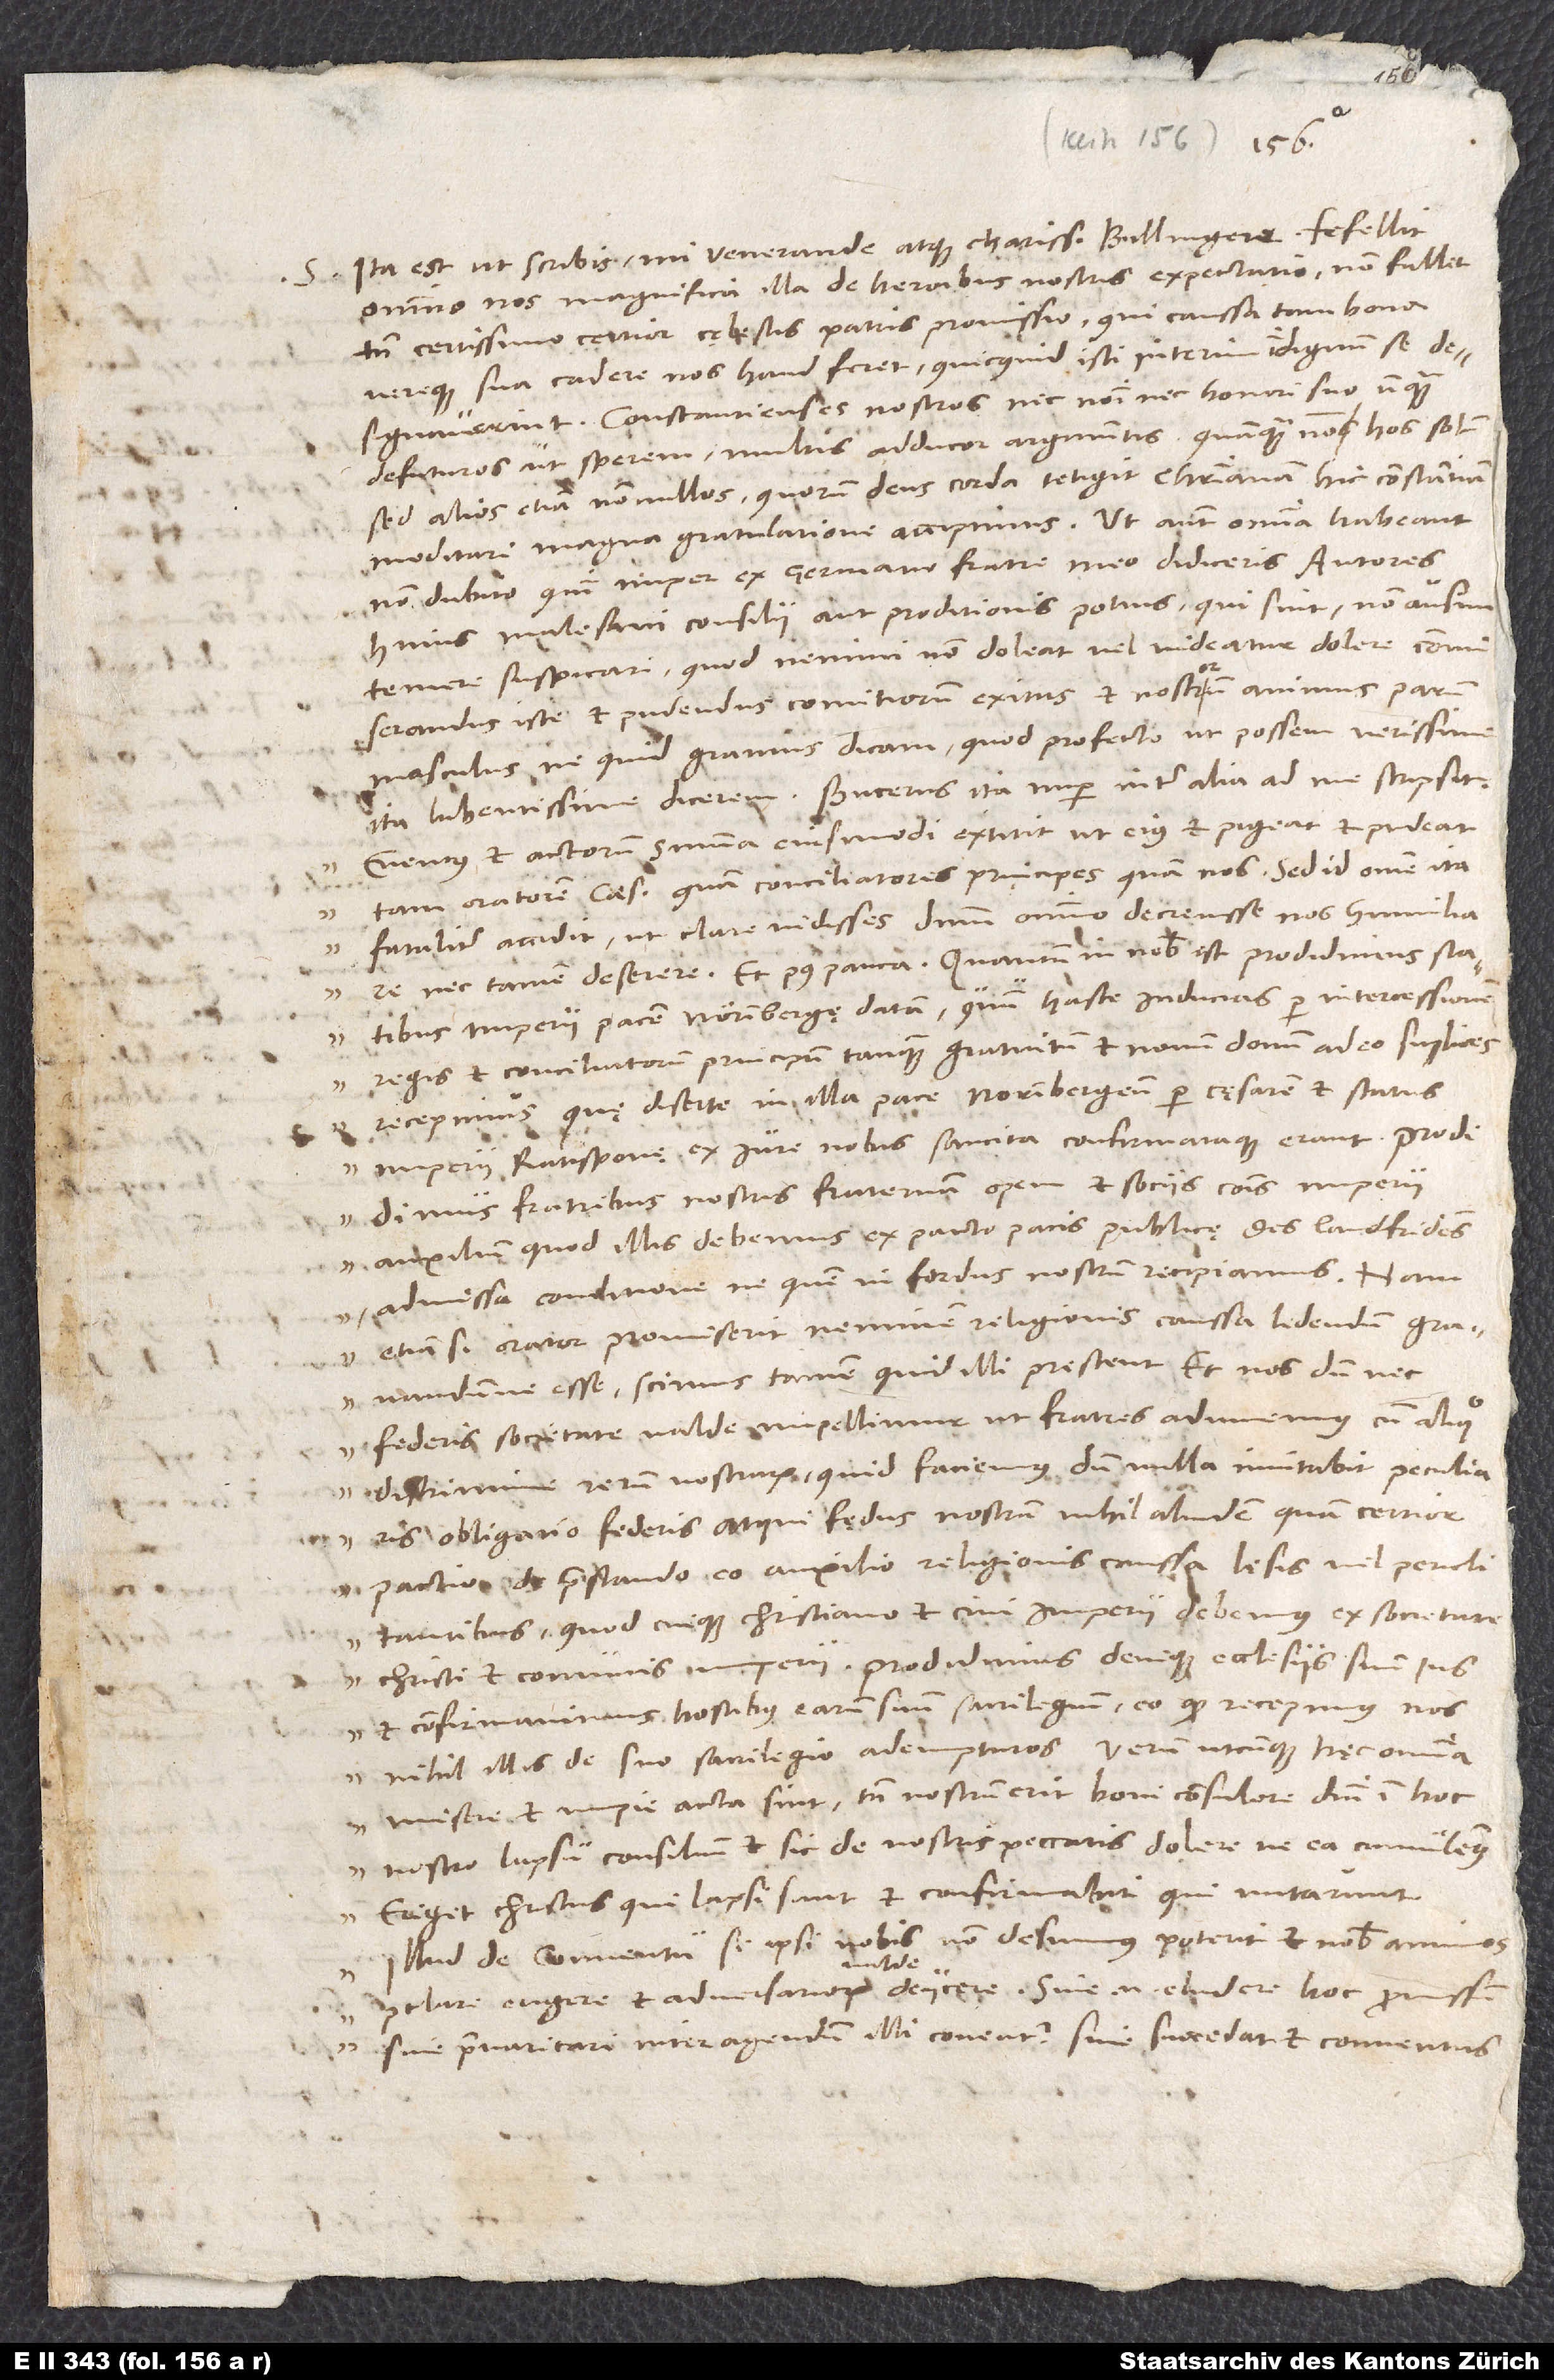
Ita est, ut scribis, mi venerande atque charissime Bullingere, fefellit
omnino nos magnifica illa de heroibus nostris expectatio; non fallit
tamen certissimo certior cęlestis patris promissio, qui caussa tam bona
vereque sua cadere nos haud feret, quicquid isti interim indignum se
designaverint. Constantienses nostros nec nomini nec honori suo unquam
defuturos ut sperem, multis adducor argumentis, quamquam non hos solum,
sed alios etiam nonnullos, quorum deus corda tetigit, christianam hic constantiam
meditari magna gratulatione accipimus. Ut autem omnia habeant,
non dubito, quin nuper ex germano fratre meo didiceris. Autores
huius malesani consilii, aut proditionis potius, qui sint, non ausim
temere suspicari, quod nemini non doleat vel videatur dolere commiserandus
iste et pudendus comitiorum exitus et nostrorum animus parum
masculus, ne quid gravius dicam, quod profecto, ut possem verissime,
„Eventus et actorum summa eiusmodi extitit, ut eius et pigeat et pudeat
tam oratorem caesaris quam conciliatores principes quam nos. Sed id omne ita
fataliter accidit, ut clare vidisses dominum omnino decrevisse nos humiliare
nec tamen deserere.“ Et post pauca: „Quantum in nobis est, prodidimus statibus
imperii pacem Norimbergę datam, quum hasce inducias per intercessionem
regis et conciliatorum principum tanquam gratuitum et novum donum adeo supplices
recepimus, quę diserte in illa pace Norimbergensi per cęsarem et status
imperii Ratisponę ex iure nobis sancita confirmataque erant. Prodidimus
fratribus nostris fraternam opem et sociis communis imperii
17.
auxilium, quod illis debemus ex pacto pacis publicę, des landfridens,
admissa conditione, ne quem in foedus nostrum recipiamus. Nam
etiamsi orator promiserit neminem religionis caussa ledendum gravandumve
federis societate valde impellimur, ut fratres adiuvemus cum aliquo
discrimine rerum nostrarum, quid faciemus, dum nulla incitabit peculiaris
obligatio federis? Atque fedus nostrum nihil aliud est quam certior
pactio de prestando eo auxilio religionis caussa lesis vel periclitantibus,
quod cuique christiano et civi imperii debemus ex societate
Christi et communis imperii. Prodidimus denique ecclesiis suum ius
et confirmavimus hostibus earum suum sacrilegium eo, quod recepimus nos
nihil illis de suo sacrilegio adempturos. Verum utcunque hęc omnia
misere et impie acta sint, tamen nostrum erit boni consulere domini in hoc
nostro lapsu consilium et sic de nostris peccatis dolere, ne ea cumulemus.
Eriget Christus, qui lapsi sunt, et confirmabit, qui nutarunt
Illud de conventu, si ipsi nobis non desumus, poterit et nobis animos
praeclare augere et adversariorum valde deiicere. Sive enim eludere hoc promissum
sive praevaricari inter agendum illi conentur sive succedat et conventus